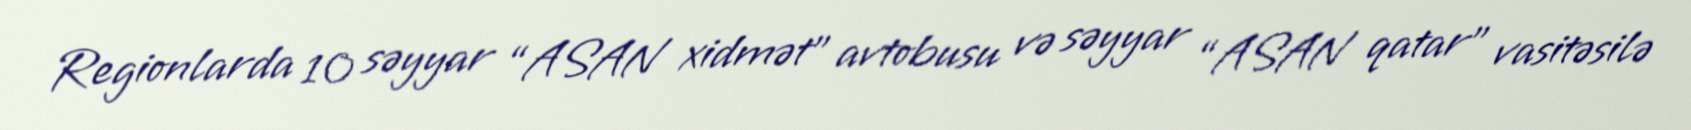
Regionlarda 10 səyyar “ASAN xidmət” avtobusu və səyyar “ASAN qatar” vasitəsilə